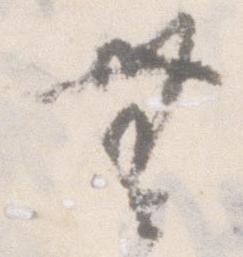
無